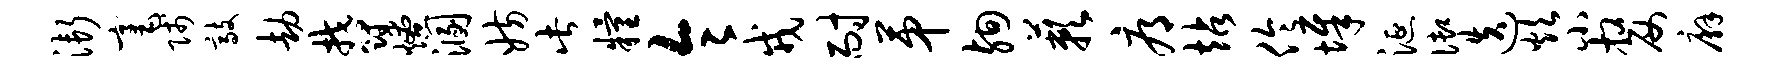
渐毫贱敲劫郁燎溷妨此粮令戎耐第殉蔌辱站伶墀涎御迭炊小嫠廨